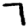
Digit: 7